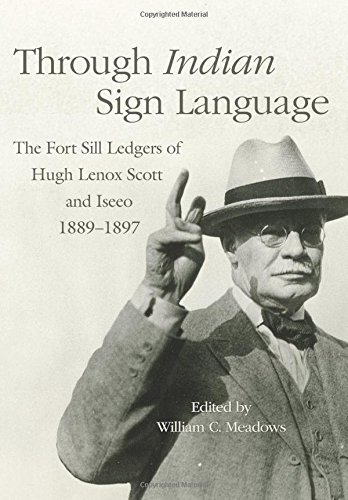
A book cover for Through Indian Sign Language: The Fort Sill Ledgers of Hugh Lenox Scott and Iseeo, 1889EE1897 (The Civilization of the American Indian Series); Reference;